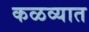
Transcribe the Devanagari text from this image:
कळव्यात